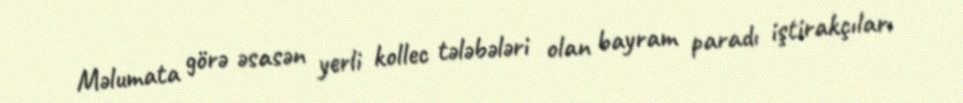
Məlumata görə əsasən yerli kollec tələbələri olan bayram paradı iştirakçıları